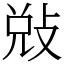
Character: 𭣳